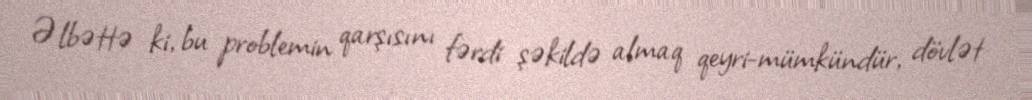
Əlbəttə ki, bu problemin qarşısını fərdi şəkildə almaq qeyri-mümkündür, dövlət